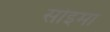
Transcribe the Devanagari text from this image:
सोइमा